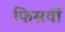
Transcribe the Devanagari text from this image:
फिसर्वी